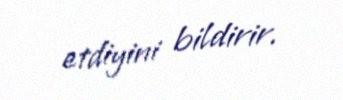
etdiyini bildirir.